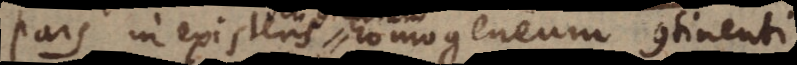
Pars inexistens homogeneum continenti.